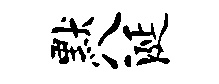
默八涎